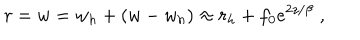
r = w = w _ { h } + ( w - w _ { h } ) \approx r _ { h } + f _ { 0 } e ^ { 2 z / \beta } \; ,